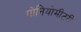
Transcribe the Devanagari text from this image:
गोनियोमीटरी